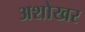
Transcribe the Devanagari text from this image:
अशोखर